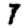
Digit: 7